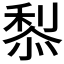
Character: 𥟦